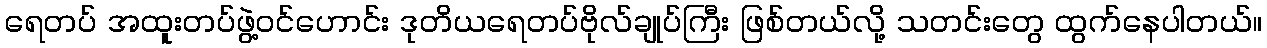
ရေတပ် အထူးတပ်ဖွဲ့ဝင်ဟောင်း ဒုတိယရေတပ်ဗိုလ်ချုပ်ကြီး ဖြစ်တယ်လို့ သတင်းတွေ ထွက်နေပါတယ်။